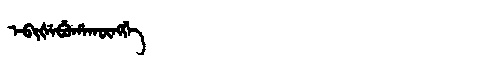
Manchu: ᡝᠪᡳᡧᡝᠪᡠᡥᠠᡴᡡᠩᡤᡝ
Romanization: EBIŠEBUHAKŪNGGE